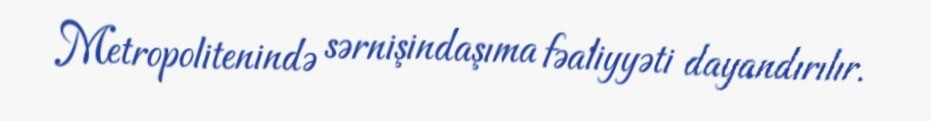
Metropolitenində sərnişindaşıma fəaliyyəti dayandırılır.